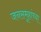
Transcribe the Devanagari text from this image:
जनसमूहांच्या